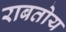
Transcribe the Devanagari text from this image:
राबतोय